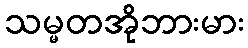
သမ္မတအိုဘားမား